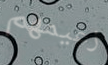
زعيمهم